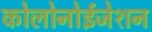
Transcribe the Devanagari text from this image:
कोलोनोईजेशन